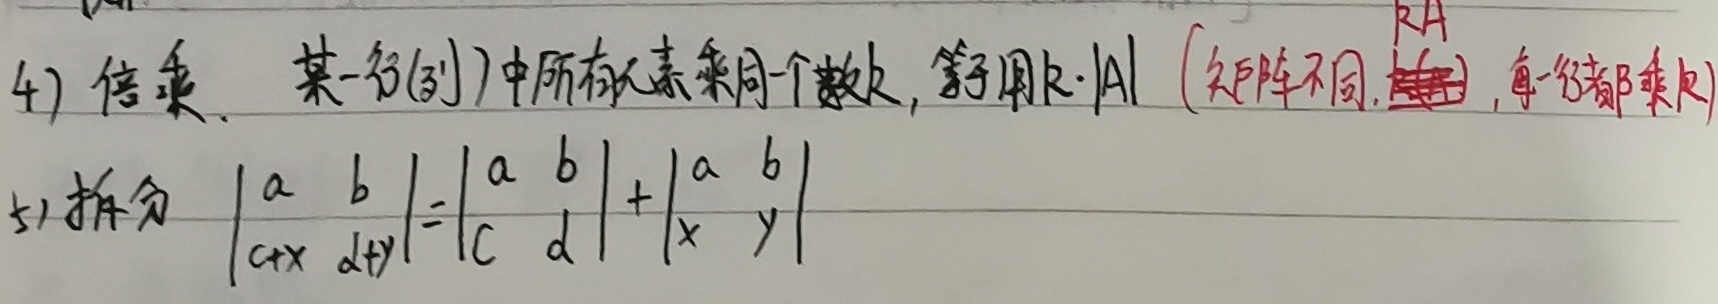
4) 倍乘：某一行(列)中所有元素乘同一个数 \(k\)，等于用 \(k\cdot|A|\)（矩阵不同，\(kA\)，每一行都乘 \(k\)）。
5) 拆分
\[
\begin{vmatrix}
a&b\\
c + x&d + y
\end{vmatrix}=\begin{vmatrix}
a&b\\
c&d
\end{vmatrix}+\begin{vmatrix}
a&b\\
x&y
\end{vmatrix}
\]